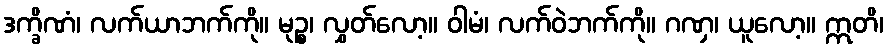
ဒက္ခိဏံ၊ လက်ယာဘက်ကို။ မုဉ္စ၊ လွှတ်လော့။ ဝါမံ၊ လက်ဝဲဘက်ကို။ ဂဏှ၊ ယူလော့။ ဣတိ၊